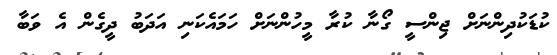
ކުޑަކުދިންނަށް ޖިންސީ ގޯނާ ކުރާ މީހުންނަށް ހަމައެކަނި އަދަބު ދީގެން އެ ވަބާ